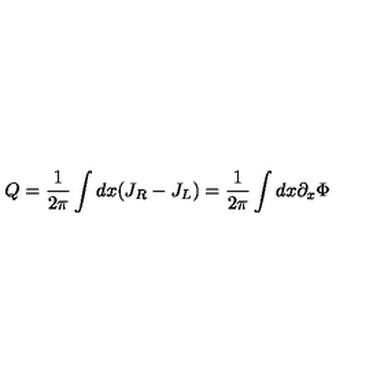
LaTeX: Q = { \frac { 1 } { 2 \pi } } \int d x ( J _ { R } - J _ { L } ) = { \frac { 1 } { 2 \pi } } \int d x \partial _ { x } \Phi